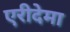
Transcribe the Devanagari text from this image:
एरीदेमा